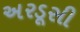
અરડૂસી